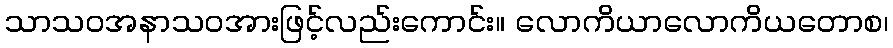
သာသဝအနာသဝအားဖြင့်လည်းကောင်း။ လောကိယာလောကိယတောစ၊